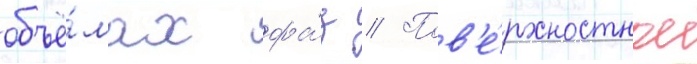
объё́мах фа́з // Пов'е́рхностное